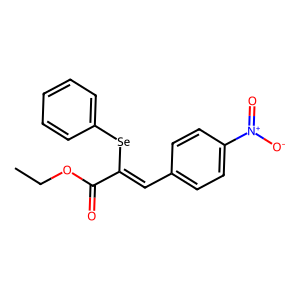
SMILES: CCOC(=O)C(=Cc1ccc([N+](=O)[O-])cc1)[Se]c1ccccc1
Inhibits HIV replication: No